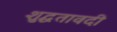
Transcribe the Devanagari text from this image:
शुद्धतावदी